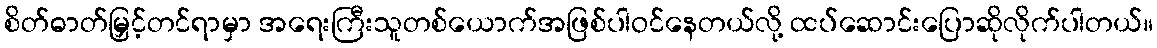
စိတ်ဓာတ်မြှင့်တင်ရာမှာ အရေးကြီးသူတစ်ယောက်အဖြစ်ပါဝင်နေတယ်လို့ ထပ်ဆောင်းပြောဆိုလိုက်ပါတယ်။